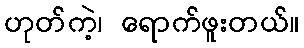
ဟုတ်ကဲ့၊ ရောက်ဖူးတယ်။